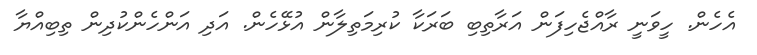
އެހެން. ހީވަނީ ރާއްޖެހިފަން އަރާތިބި ބަރަކާ ކުރިމަތިލާން އުޅޭހެން. އަދި އަންހެންކުދިން ތިބިއްޔާ